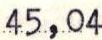
45,04